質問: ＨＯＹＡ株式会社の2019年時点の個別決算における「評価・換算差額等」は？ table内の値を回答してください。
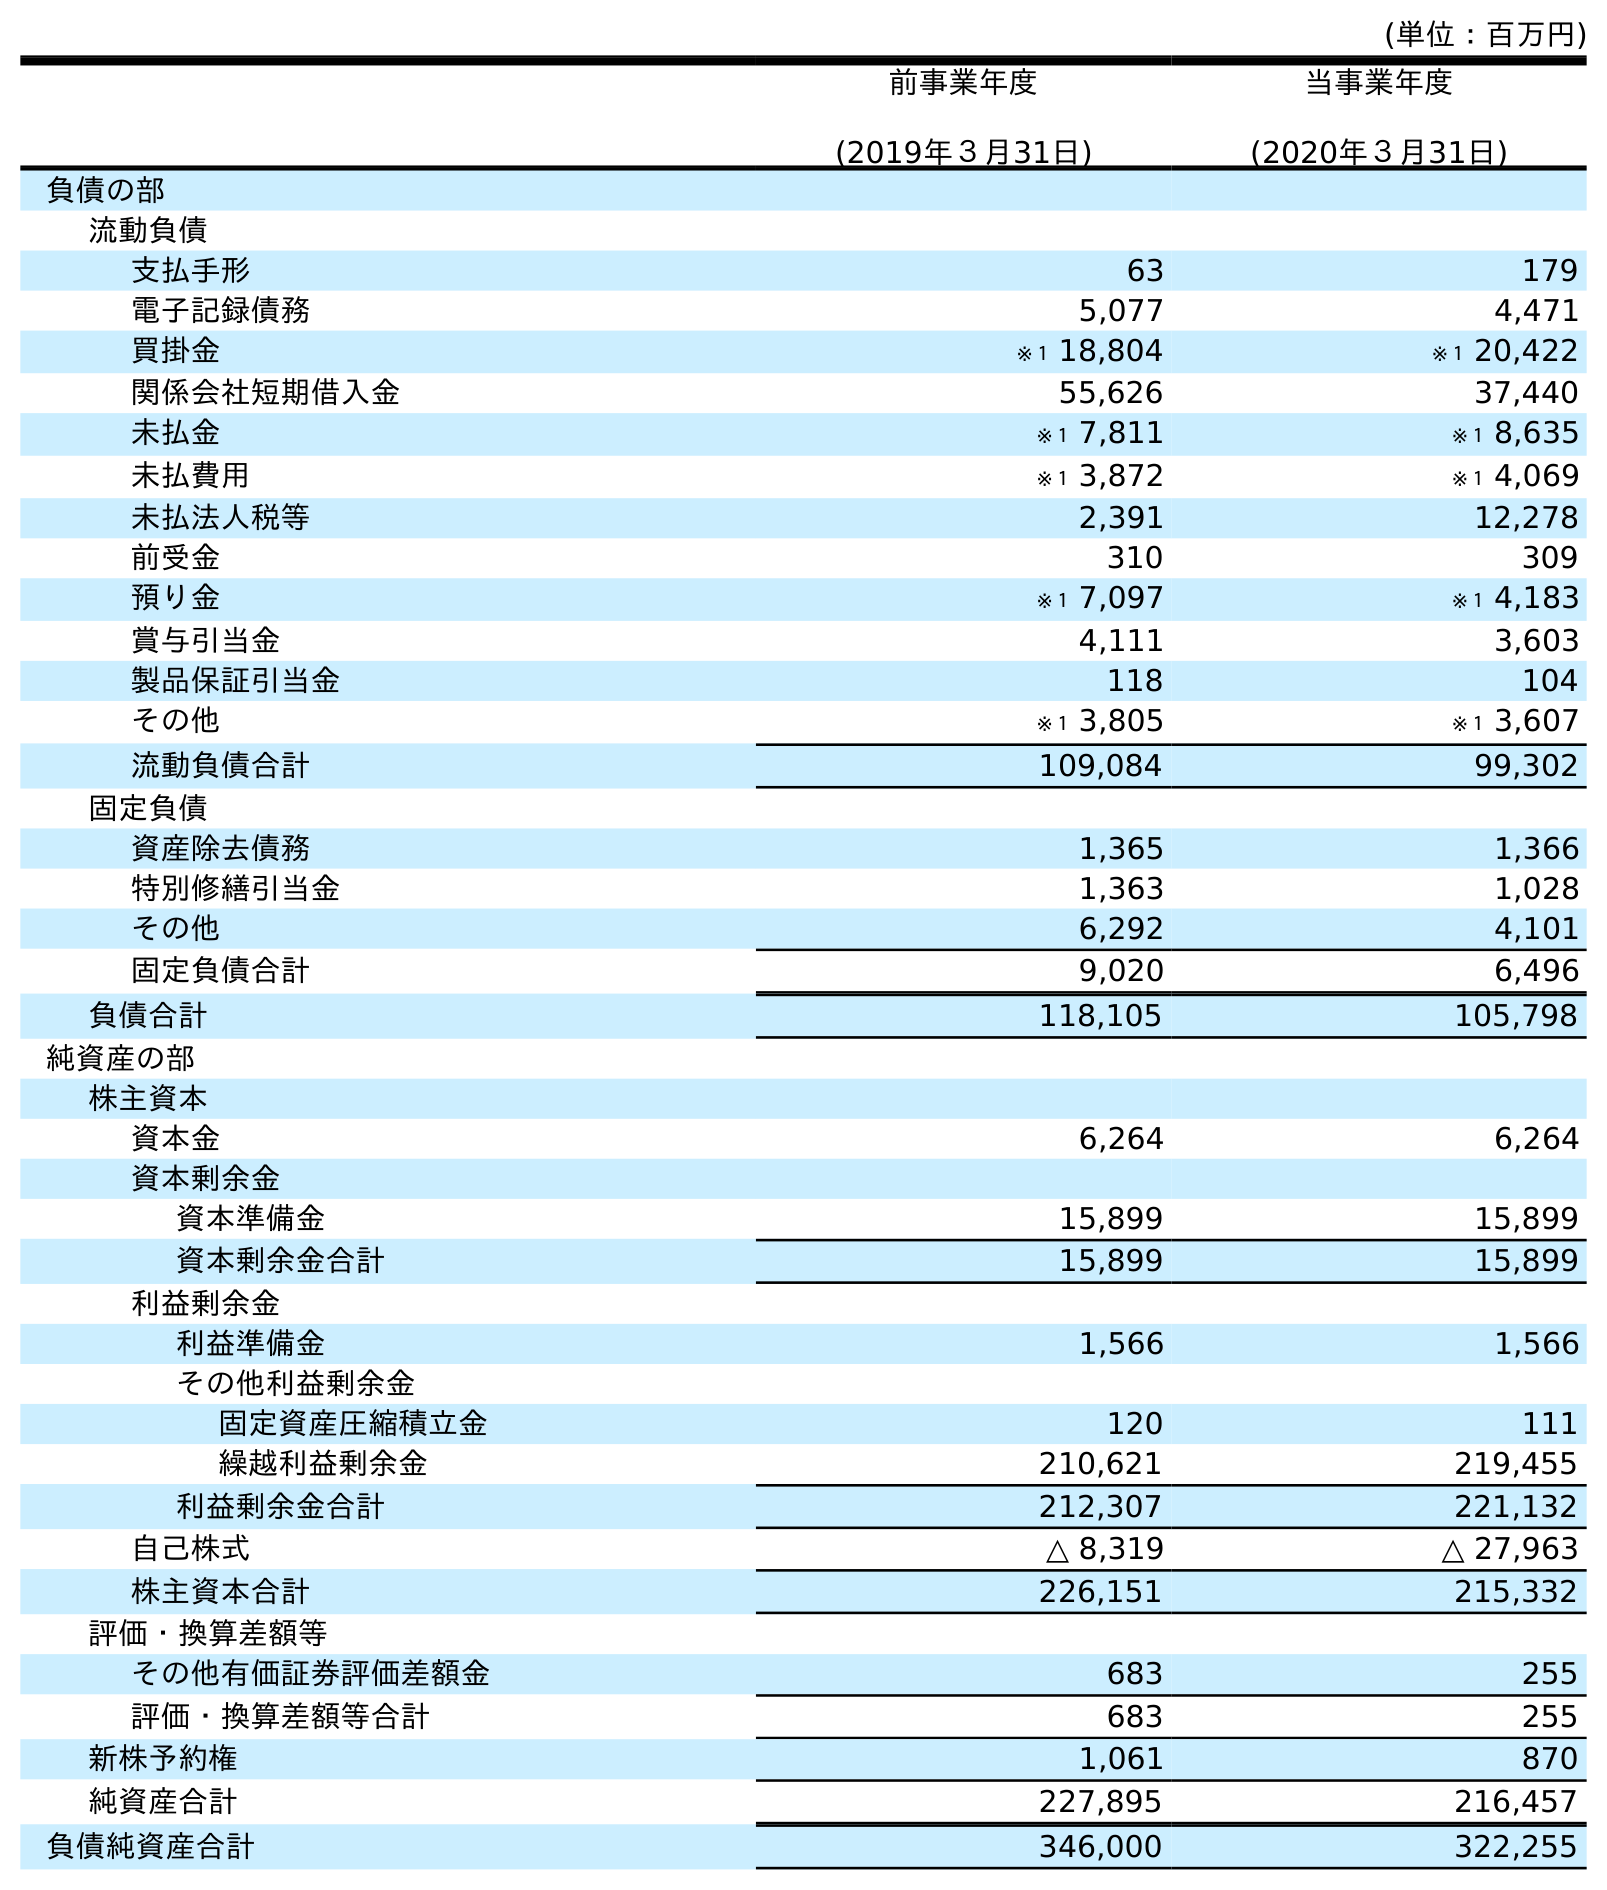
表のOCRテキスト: (単位：百万円) 前事業年度 (2019年３月31日) 当事業年度 (2020年３月31日) 負債の部 流動負債 支払手形 63 179 電子記録債務 5,077 4,471 買掛金 ※１ 18,804 ※１ 20,422 関係会社短期借入金 55,626 37,440 未払金 ※１ 7,811 ※１ 8,635 未払費用 ※１ 3,872 ※１ 4,069 未払法人税等 2,391 12,278 前受金 310 309 預り金 ※１ 7,097 ※１ 4,183 賞与引当金 4,111 3,603 製品保証引当金 118 104 その他 ※１ 3,805 ※１ 3,607 流動負債合計 109,084 99,302 固定負債 資産除去債務 1,365 1,366 特別修繕引当金 1,363 1,028 その他 6,292 4,101 固定負債合計 9,020 6,496 負債合計 118,105 105,798 純資産の部 株主資本 資本金 6,264 6,264 資本剰余金 資本準備金 15,899 15,899 資本剰余金合計 15,899 15,899 利益剰余金 利益準備金 1,566 1,566 その他利益剰余金 固定資産圧縮積立金 120 111 繰越利益剰余金 210,621 219,455 利益剰余金合計 212,307 221,132 自己株式 △ 8,319 △ 27,963 株主資本合計 226,151 215,332 評価・換算差額等 その他有価証券評価差額金 683 255 評価・換算差額等合計 683 255 新株予約権 1,061 870 純資産合計 227,895 216,457 負債純資産合計 346,000 322,255
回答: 683